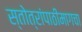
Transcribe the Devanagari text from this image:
स्तोत्रांपाठीमागचा